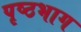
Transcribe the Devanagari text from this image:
पृष्‍ठभाग